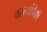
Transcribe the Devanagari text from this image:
वस्त्यांपैकी